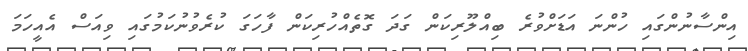
އިންސާނުންގައި ހުންނަ އަޑަށްވުރެ ބިއްލޫރިކަން ގަދަ ގޮތެއްހުރިކަން ފާހަގަ ކުރެވުނުކަމުގައި ވިއަސް އެއީހަމަ